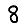
Digit: 8